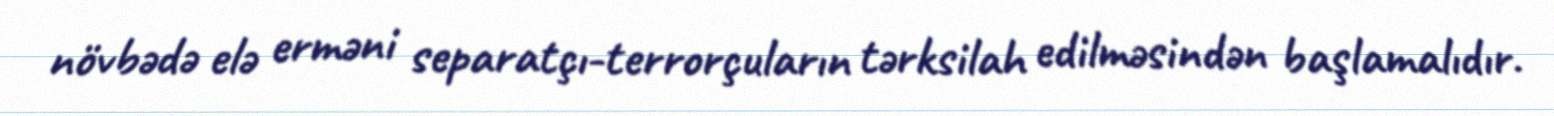
növbədə elə erməni separatçı-terrorçuların tərksilah edilməsindən başlamalıdır.